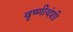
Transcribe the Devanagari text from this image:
वृष्णीवंशी